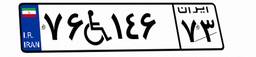
۴۹W۸۷۴۰۵